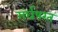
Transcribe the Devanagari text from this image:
संर्घषरत